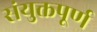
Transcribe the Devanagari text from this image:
संयुक्तपूर्ण